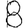
Digit: 8